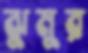
ঝুমুর